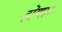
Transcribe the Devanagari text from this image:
हॊणार